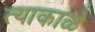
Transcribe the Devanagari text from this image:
त्याकाळे